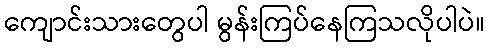
ကျောင်းသားတွေပါ မွန်းကြပ်နေကြသလိုပါပဲ။